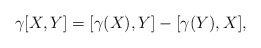
\begin{align*}\gamma[X,Y]=[\gamma(X),Y]-[\gamma(Y),X],\end{align*}